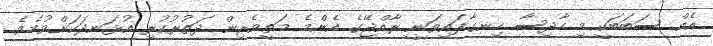
އެއް ސަބަބަކީ މި ހާދިސާ ހިނގާފައިވަނީ ރާއްޖޭގެ އެންމެ މަތީވެރިން ދަތުރުކުރި އުޅަނދަކަށްވުމެވެ.